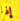
إذا